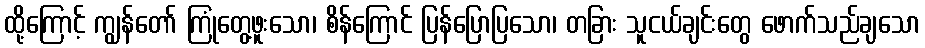
ထို့ကြောင့် ကျွန်တော် ကြုံတွေ့ဖူးသော၊ စိန်ကြောင် ပြန်ပြောပြသော၊ တခြား သူငယ်ချင်းတွေ ဖောက်သည်ချသော